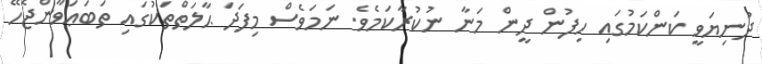
ދުނިޔަވީ ކަންކަމުގައި ހިފުން ދީން މަނާ ނުކުރާކަމެވެ. ނަމަވެސް މިފަދަ ޙާލަތްތަކުގައި ތަބަޢަވާންޖެހޭ